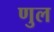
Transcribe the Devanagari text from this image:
णुल